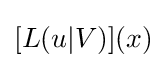
[L(u|V)](x)